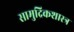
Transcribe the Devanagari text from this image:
सामुद्रिकशास्त्र